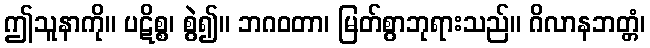
ဤသူနာကို။ ပဋိစ္စ၊ စွဲ၍။ ဘဂဝတာ၊ မြတ်စွာဘုရားသည်။ ဂိလာနဘတ္တံ၊